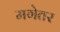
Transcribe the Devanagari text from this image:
मगेतर